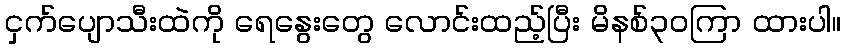
ငှက်ပျောသီးထဲကို ရေနွေးတွေ လောင်းထည့်ပြီး မိနစ်၃၀ကြာ ထားပါ။